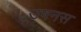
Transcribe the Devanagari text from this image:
उषनस